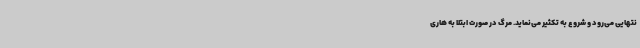
نتهایی می‌رود و شروع به تکثیر می‌نماید. مرگ در صورت ابتلا به هاری